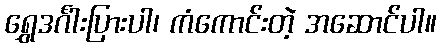
ရွှေဒင်္ဂါးပြားပါ၊ ကံကောင်းတဲ့ အဆောင်ပါ။